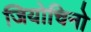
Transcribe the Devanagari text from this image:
जियोचिनो